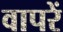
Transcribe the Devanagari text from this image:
वापरें